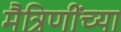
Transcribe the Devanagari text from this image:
मैत्रिणींच्या